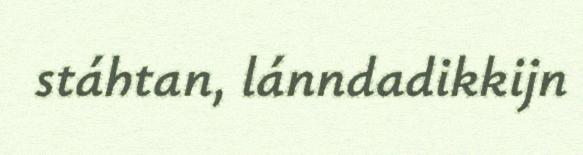
stáhtan, lánndadikkijn